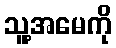
သူ့အမေကို